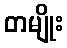
တမျိုး